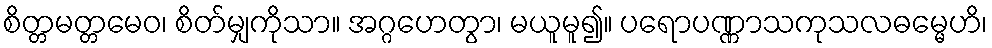
စိတ္တမတ္တမေဝ၊ စိတ်မျှကိုသာ။ အဂ္ဂဟေတွာ၊ မယူမူ၍။ ပရောပဏ္ဏာသကုသလဓမ္မေဟိ၊